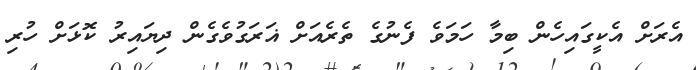
އެރަށް އެކީގައިހެން ބިމާ ހަމަވެ ފެނުގެ ތެރެއަށް ޣަރަގުވެގެން ދިޔައިރު ކޮޅަށް ހުރި